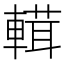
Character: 𨍷